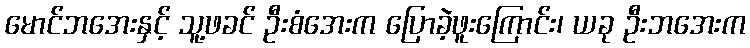
မောင်ဘအေးနှင့် သူ့ဖခင် ဦးစံအေးက ပြောခဲ့ဖူးကြောင်း၊ ယခု ဦးဘအေးက